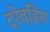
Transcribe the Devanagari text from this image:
ट्रेव्हिस